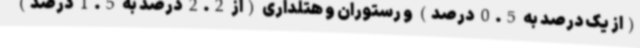
(از یک درصد به 0.5 درصد) و رستوران و هتلداری (از 2.2 درصد به 1.5 درصد)